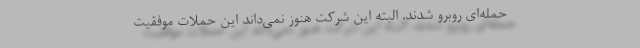
حمله‌ای روبرو شدند. البته این شرکت هنوز نمی‌داند این حملات موفقیت